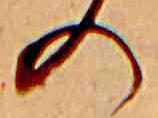
の